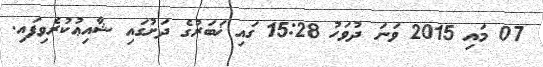
07 މައި 2015 ވަނަ ދުވަހު 15:28 ގައި ޚަބަރުގެ ދަށުގައި ޝާއިޢުކުރެވިފައި.